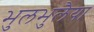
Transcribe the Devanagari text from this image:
भुलभुलैया